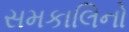
સમકાલિનો